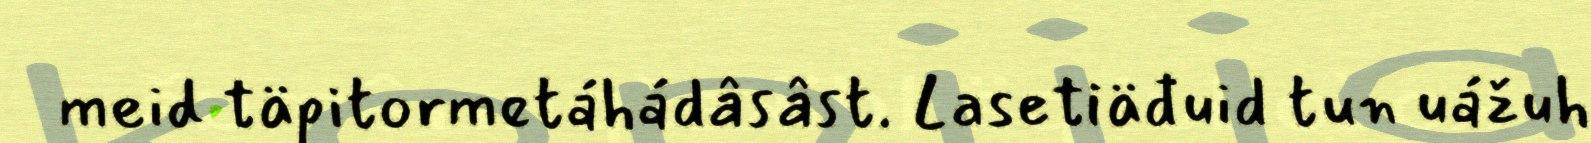
meid täpitormetáhádâsâst. Lasetiäđuid tun uážuh